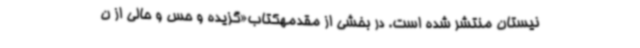
نیستان منتشر شده است. در بخشی از مقدمهکتاب«گزیده و حس و حالی از ن